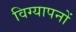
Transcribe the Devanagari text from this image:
विग्यापनों